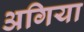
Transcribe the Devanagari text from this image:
अगिया